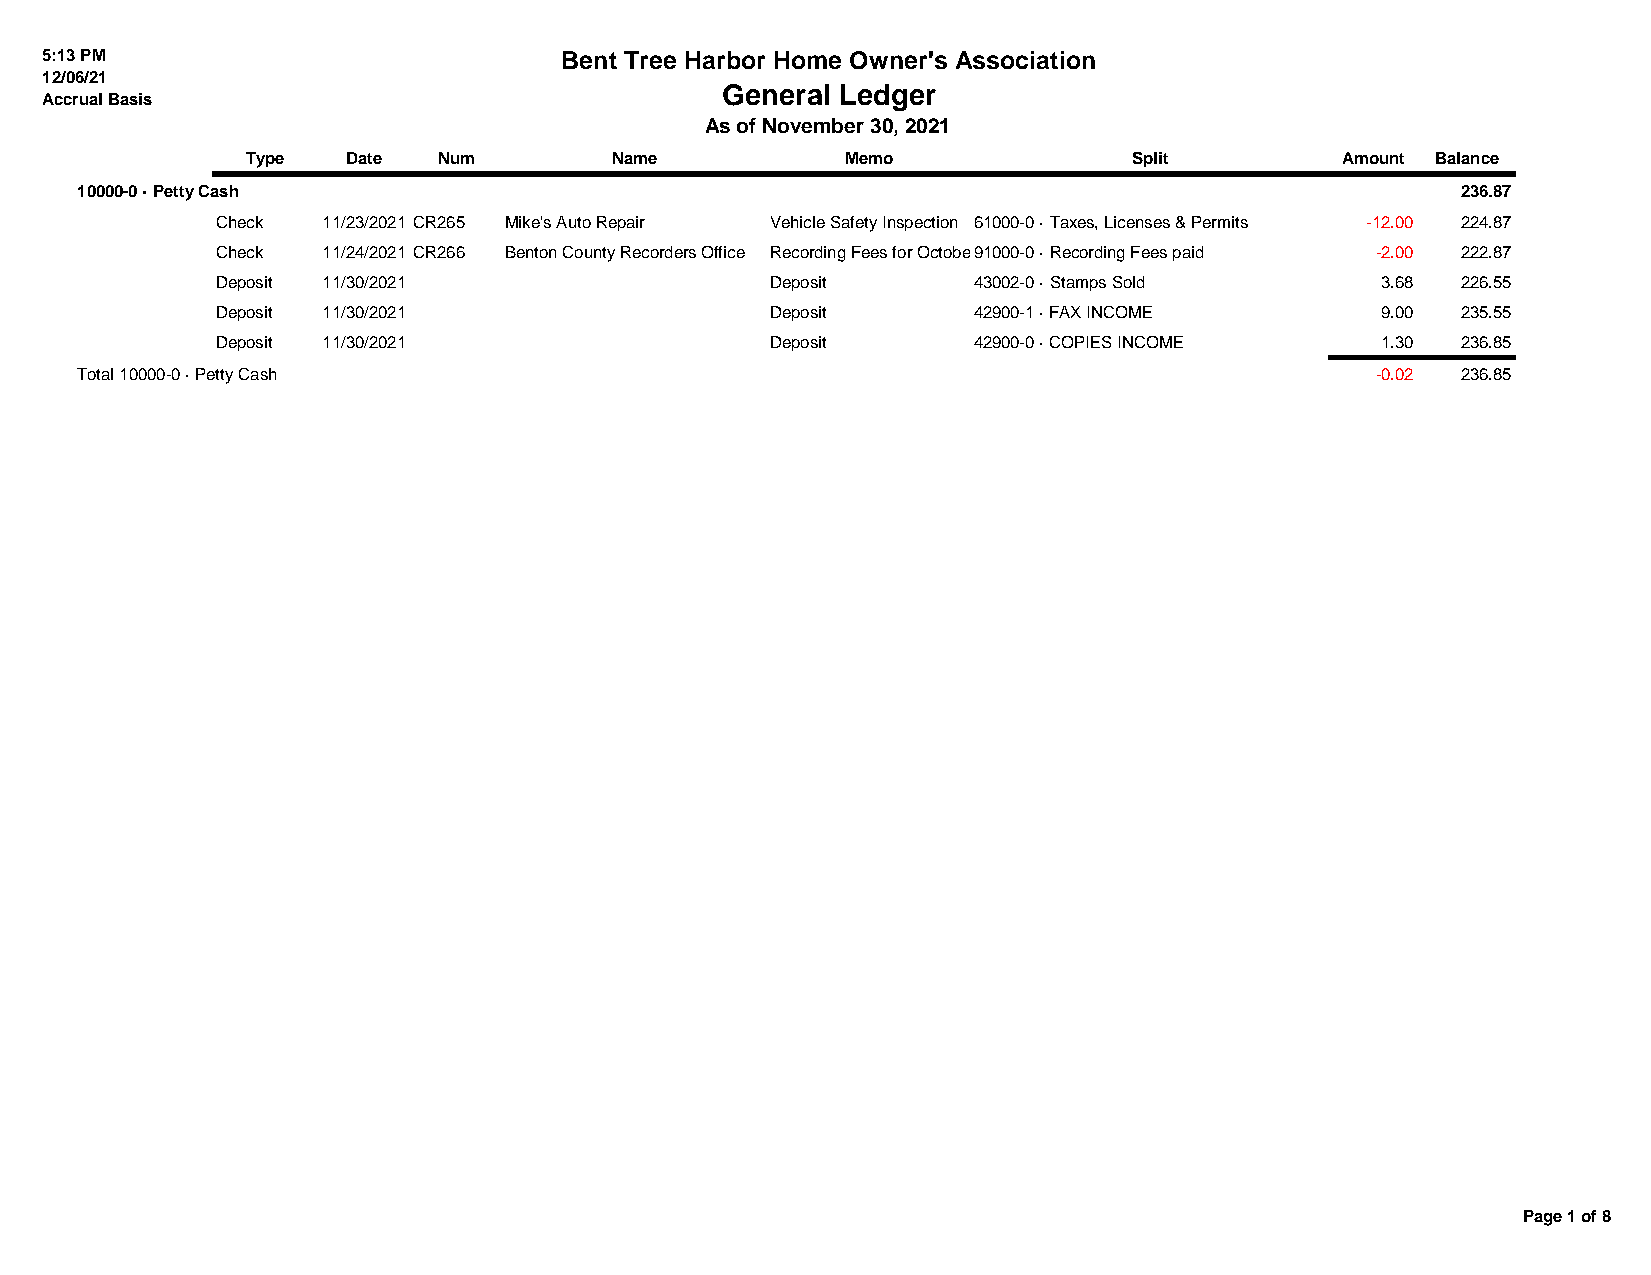
5:13 PM                           Bent Tree Harbor Home Owner's Association
 12/06/21
 General Ledger
 Accrual Basis
 As of November 30, 2021
 Type   Date  Num        Name            Memo               Split         Amount Balance
 10000-0 · Petty Cash                                                                        236.87
 Check  11/23/2021 CR265 Mike's Auto Repair Vehicle Safety Inspection 61000-0 · Taxes, Licenses & Permits -12.00 224.87
 Check  11/24/2021 CR266 Benton County Recorders Office Recording Fees for October91000-0 · Recording Fees paid -2.00 222.87
 Deposit 11/30/2021                   Deposit      43002-0 · Stamps Sold      3.68  226.55
 Deposit 11/30/2021                   Deposit      42900-1 · FAX INCOME       9.00  235.55
 Deposit 11/30/2021                   Deposit      42900-0 · COPIES INCOME    1.30  236.85
 Total 10000-0 · Petty Cash                                                            -0.02 236.85
 Page 1 of 8